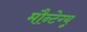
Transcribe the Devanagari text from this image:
मौन्टेग्यू